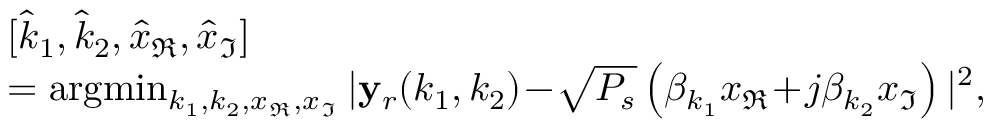
\begin{array} { r l } & { [ \hat { k } _ { 1 } , \hat { k } _ { 2 } , \hat { x } _ { \Re } , \hat { x } _ { \Im } ] } \\ & { = \arg \! \operatorname* { m i n } _ { { k } _ { 1 } , { k } _ { 2 } , { x } _ { \Re } , { x } _ { \Im } } | \mathbf { y } _ { r } ( k _ { 1 } , k _ { 2 } ) \! - \! \sqrt { P _ { s } } \left( \beta _ { k _ { 1 } } x _ { \Re } \! + \! j \beta _ { k _ { 2 } } x _ { \Im } \right) | ^ { 2 } , } \end{array}